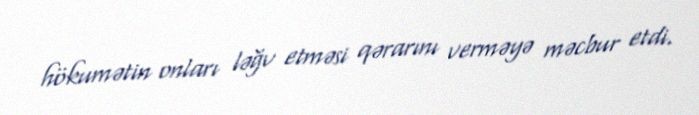
hökumətin onları ləğv etməsi qərarını verməyə məcbur etdi.